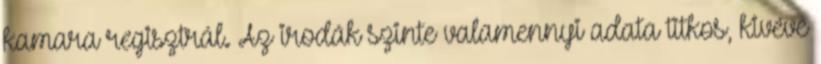
kamara regisztrál. Az irodák szinte valamennyi adata titkos, kivéve